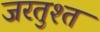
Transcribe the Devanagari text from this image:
जरतुश्त